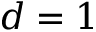
d = 1